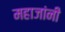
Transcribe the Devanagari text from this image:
महाजांनी